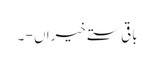
باقی ستے خیراں - ۔